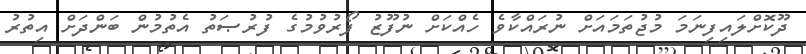
ދޫކޮށްލައިފިނަމަ މުޖުތަމައަށް ނުރައްކާވެ ހެއްކަށް ނުފޫޒު ފޯރުވުމުގެ ފުރުޞަތު އެތުމުން ބަންދަށް އިތުރު